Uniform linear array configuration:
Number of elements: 32
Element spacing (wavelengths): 0.25
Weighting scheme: uniform
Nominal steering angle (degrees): -45
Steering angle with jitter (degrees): -45.654
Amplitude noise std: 0.05
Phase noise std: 0.05

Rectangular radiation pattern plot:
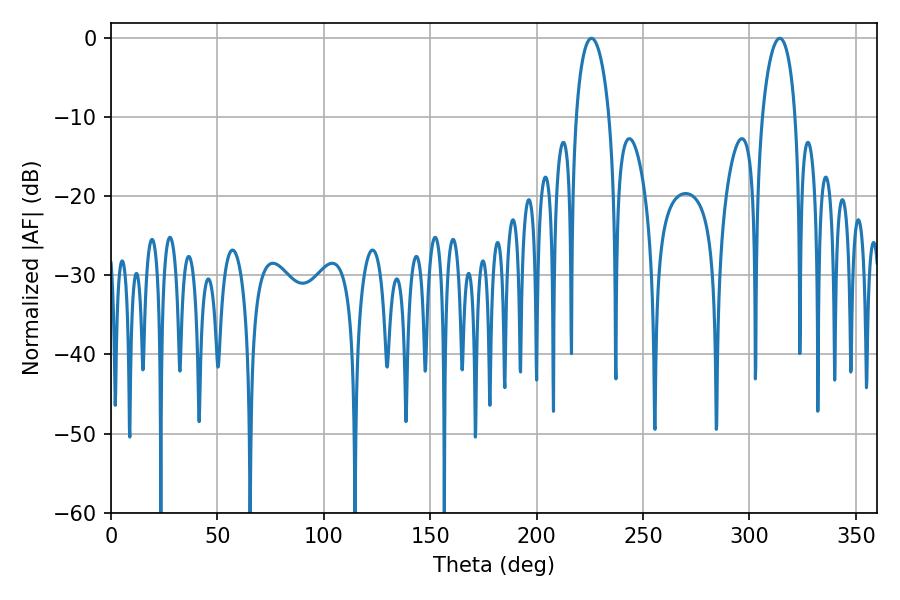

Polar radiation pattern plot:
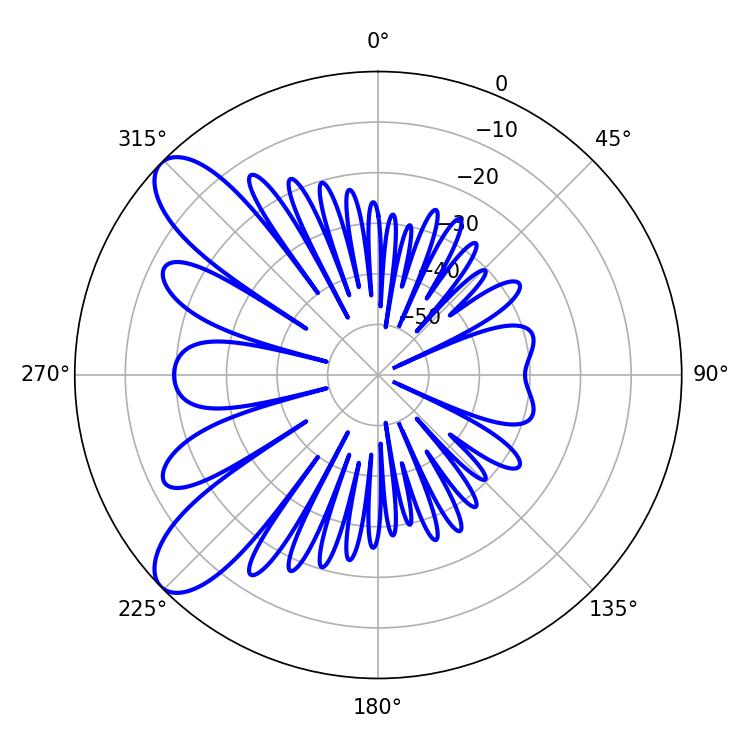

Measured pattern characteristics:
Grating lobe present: FALSE
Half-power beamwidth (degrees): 9
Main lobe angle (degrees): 225.72